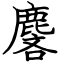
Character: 麐